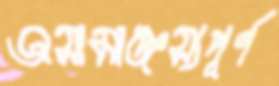
অসামাঞ্জস্যপূর্ণ